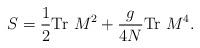
LaTeX: \begin{align*} S=\frac{1}{2}\mbox{Tr }M^2+\frac{g}{4N}\mbox{Tr }M^4.\end{align*}